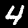
Label: 4